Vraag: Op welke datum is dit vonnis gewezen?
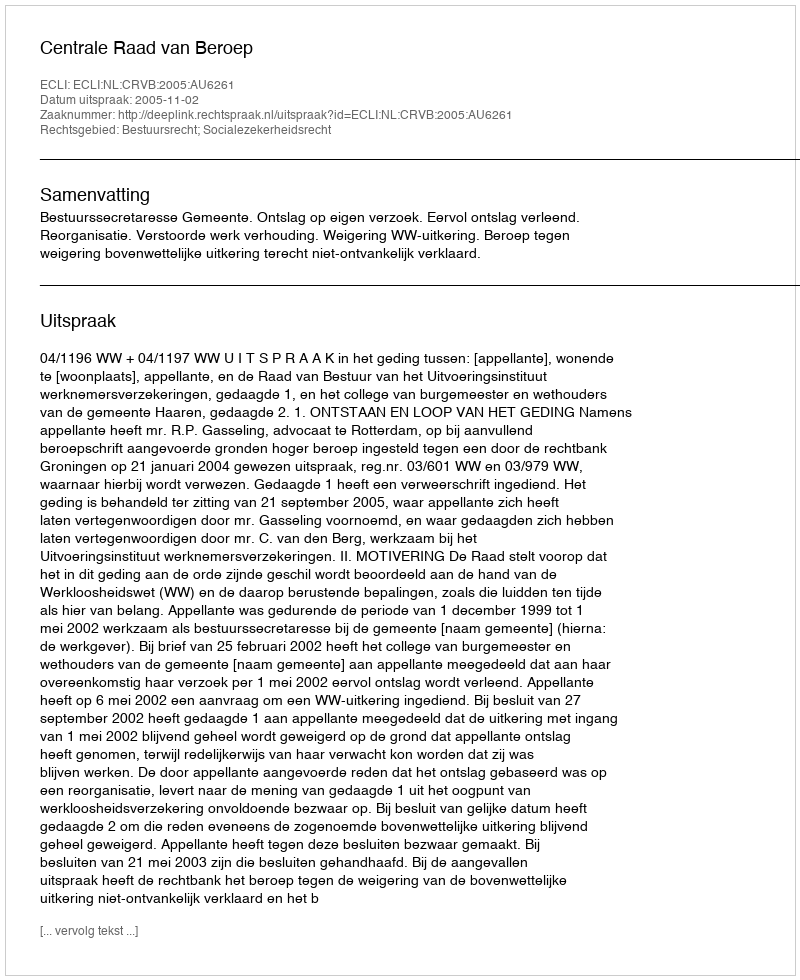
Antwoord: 2005-11-02